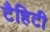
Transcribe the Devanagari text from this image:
टैहिटी